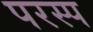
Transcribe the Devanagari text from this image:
परस्प